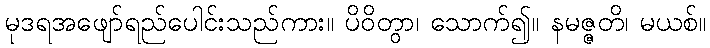
မုဒရအဖျော်ရည်ပေါင်းသည်ကား။ ပိဝိတွာ၊ သောက်၍။ နမဇ္ဇတိ၊ မယစ်။